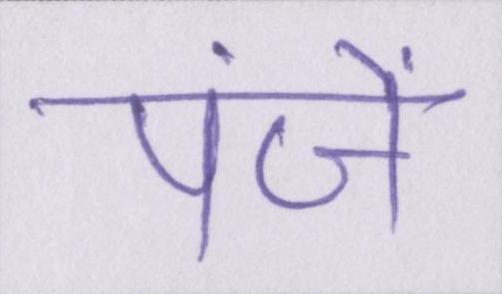
पंजें